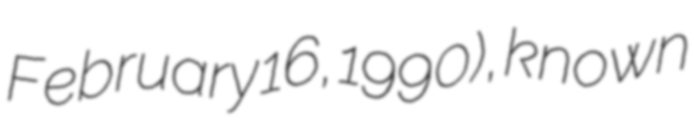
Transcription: February 16, 1990), known